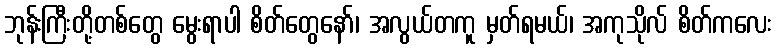
ဘုန်းကြီးတို့တစ်တွေ မွေးရာပါ စိတ်တွေနော်၊ အလွယ်တကူ မှတ်ရမယ်၊ အကုသိုလ် စိတ်ကလေး